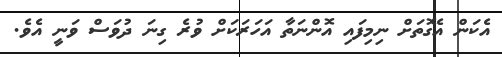
އެކަން އެގޮތަށް ނިމިފައި އޮންނަތާ އަހަރަކަށް ވުރެ ގިނަ ދުވަސް ވަނީ އެވެ.